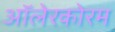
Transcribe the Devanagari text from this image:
ऑलेरकोरम